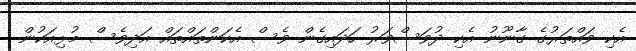
އެކި ވައްތަރުގެ ގާނޫނު އެކި ދުވަސްވަރު ހަދައިގެން ވެސް އެކަންތައްތައް އަދިވެސް މުޅިއަކުން